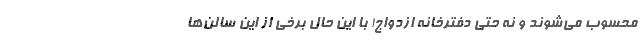
محسوب می‌شوند و نه حتی دفترخانه ازدواج! با این حال برخی از این سالن‌ها